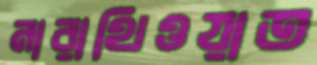
নারাথিওয়াত